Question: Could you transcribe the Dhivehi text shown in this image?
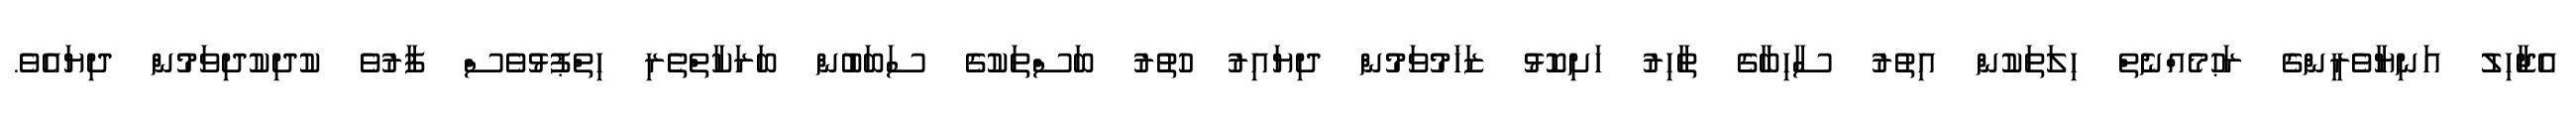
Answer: އެޖާހިލު އަނިޔާވެރީންގެ ރަޙުމެއްނެތް ހިލަތަކުން އިތުރު ސާހިބާގެ ޠާހިރު ހަށިކޮޅު ޒަޚަމުވަމުން ދިޔައިރު ހުތުރު ބަސްތަކުގެ ސަބަބުން ބަރަކާތްތެރި ހިތްޕުޅުވެސް ފާރުވެ ކުދިކުދިވަމުން ދިޔައެވެ.